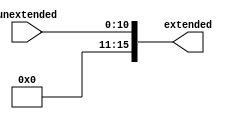
//Do i need to worry about signed number in this component?
`timescale 1ns / 1ns

module SignExtender(
  //https://stackoverflow.com/questions/4176556/how-to-sign-extend-a-number-in-verilog
  input [10:0] unextended,//the msb bit is the sign bit
  output wire [15:0] extended 
);

    assign extended = $unsigned(unextended);
    //extended[15:0] <= { {11{extend[10]}}, extend[10:0] };

endmodule

//thing don't change: use assign, wire stuff
// thing change: use alwasys and register stuff